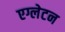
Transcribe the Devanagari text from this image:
एग्लेटन